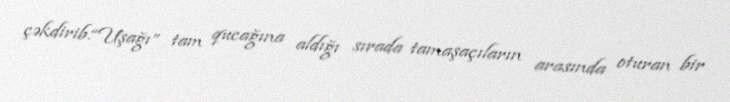
çəkdirib.“Uşağı” tam qucağına aldığı sırada tamaşaçıların arasında oturan bir